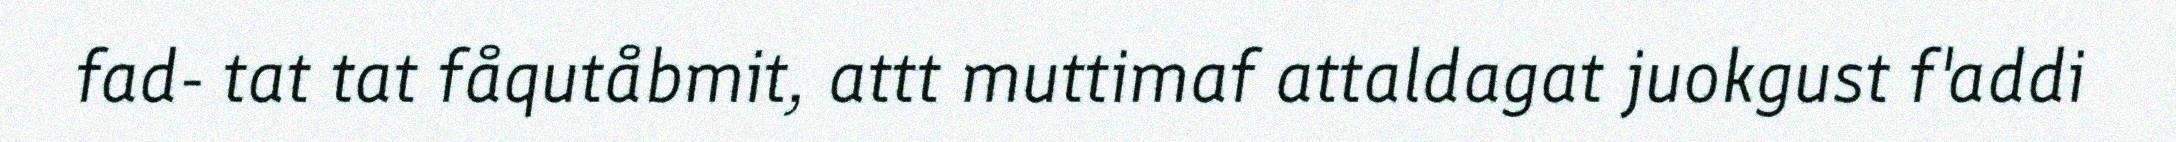
fad- tat tat fåqutåbmit, attt muttimaf attaldagat juokgust f'addi